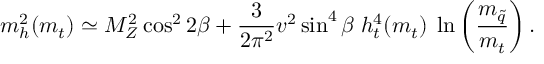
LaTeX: m _ { h } ^ { 2 } ( m _ { t } ) \simeq M _ { Z } ^ { 2 } \cos ^ { 2 } 2 \beta + \frac { 3 } { 2 \pi ^ { 2 } } v ^ { 2 } \sin ^ { 4 } \beta \; h _ { t } ^ { 4 } ( m _ { t } ) \; \ln \left( \frac { m _ { \tilde { q } } } { m _ { t } } \right) .